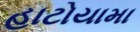
હાટોયામા